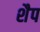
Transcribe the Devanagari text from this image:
शैप